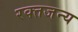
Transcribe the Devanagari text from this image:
रक्तजन्य